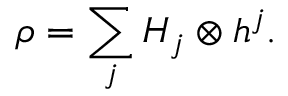
\rho = \sum _ { j } H _ { j } \otimes h ^ { j } .